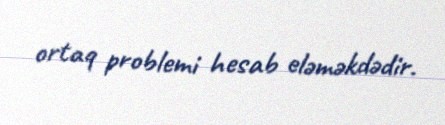
ortaq problemi hesab eləməkdədir.